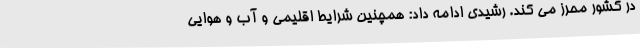
در کشور محرز می کند. رشیدی ادامه داد: همچنین شرایط اقلیمی و آب و هوایی